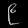
Digit: ၉